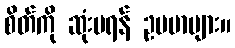
စိတ်ကို ဆုံးမရန် ဥပမာများ။